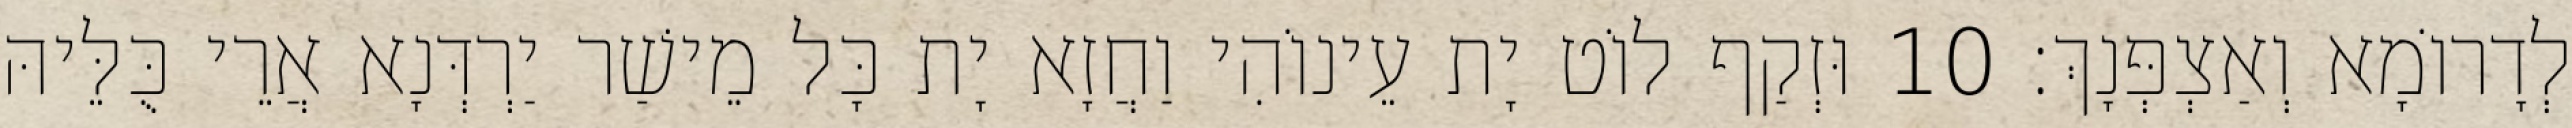
לְדָרוֹמָא וְאַצְפְּנָךְ׃ 10 וּזְקַף לוֹט יָת עֵינוֹהִי וַחֲזָא יָת כָּל מֵישַׁר יַרְדְּנָא אֲרֵי כֻּלֵּיהּ